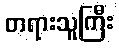
တရားသူကြီး